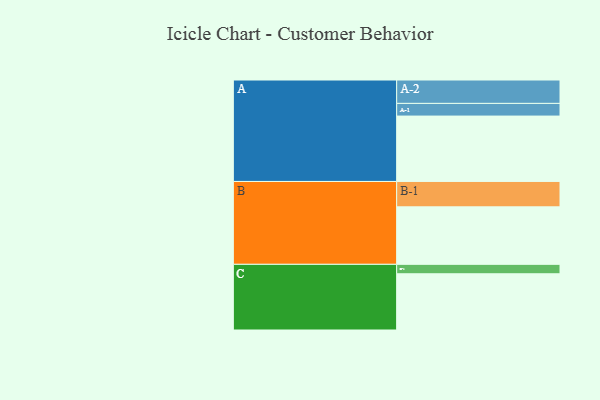
{"axis": {"x": "Segment", "y": "Value"}, "legend": ["", "A", "B", "C"], "data": [{"x": "A", "y": 464, "type": ""}, {"x": "B", "y": 408, "type": ""}, {"x": "C", "y": 399, "type": ""}, {"x": "A-1", "y": 90, "type": "A"}, {"x": "A-2", "y": 166, "type": "A"}, {"x": "B-1", "y": 180, "type": "B"}, {"x": "C-1", "y": 67, "type": "C"}]}